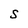
Character: S